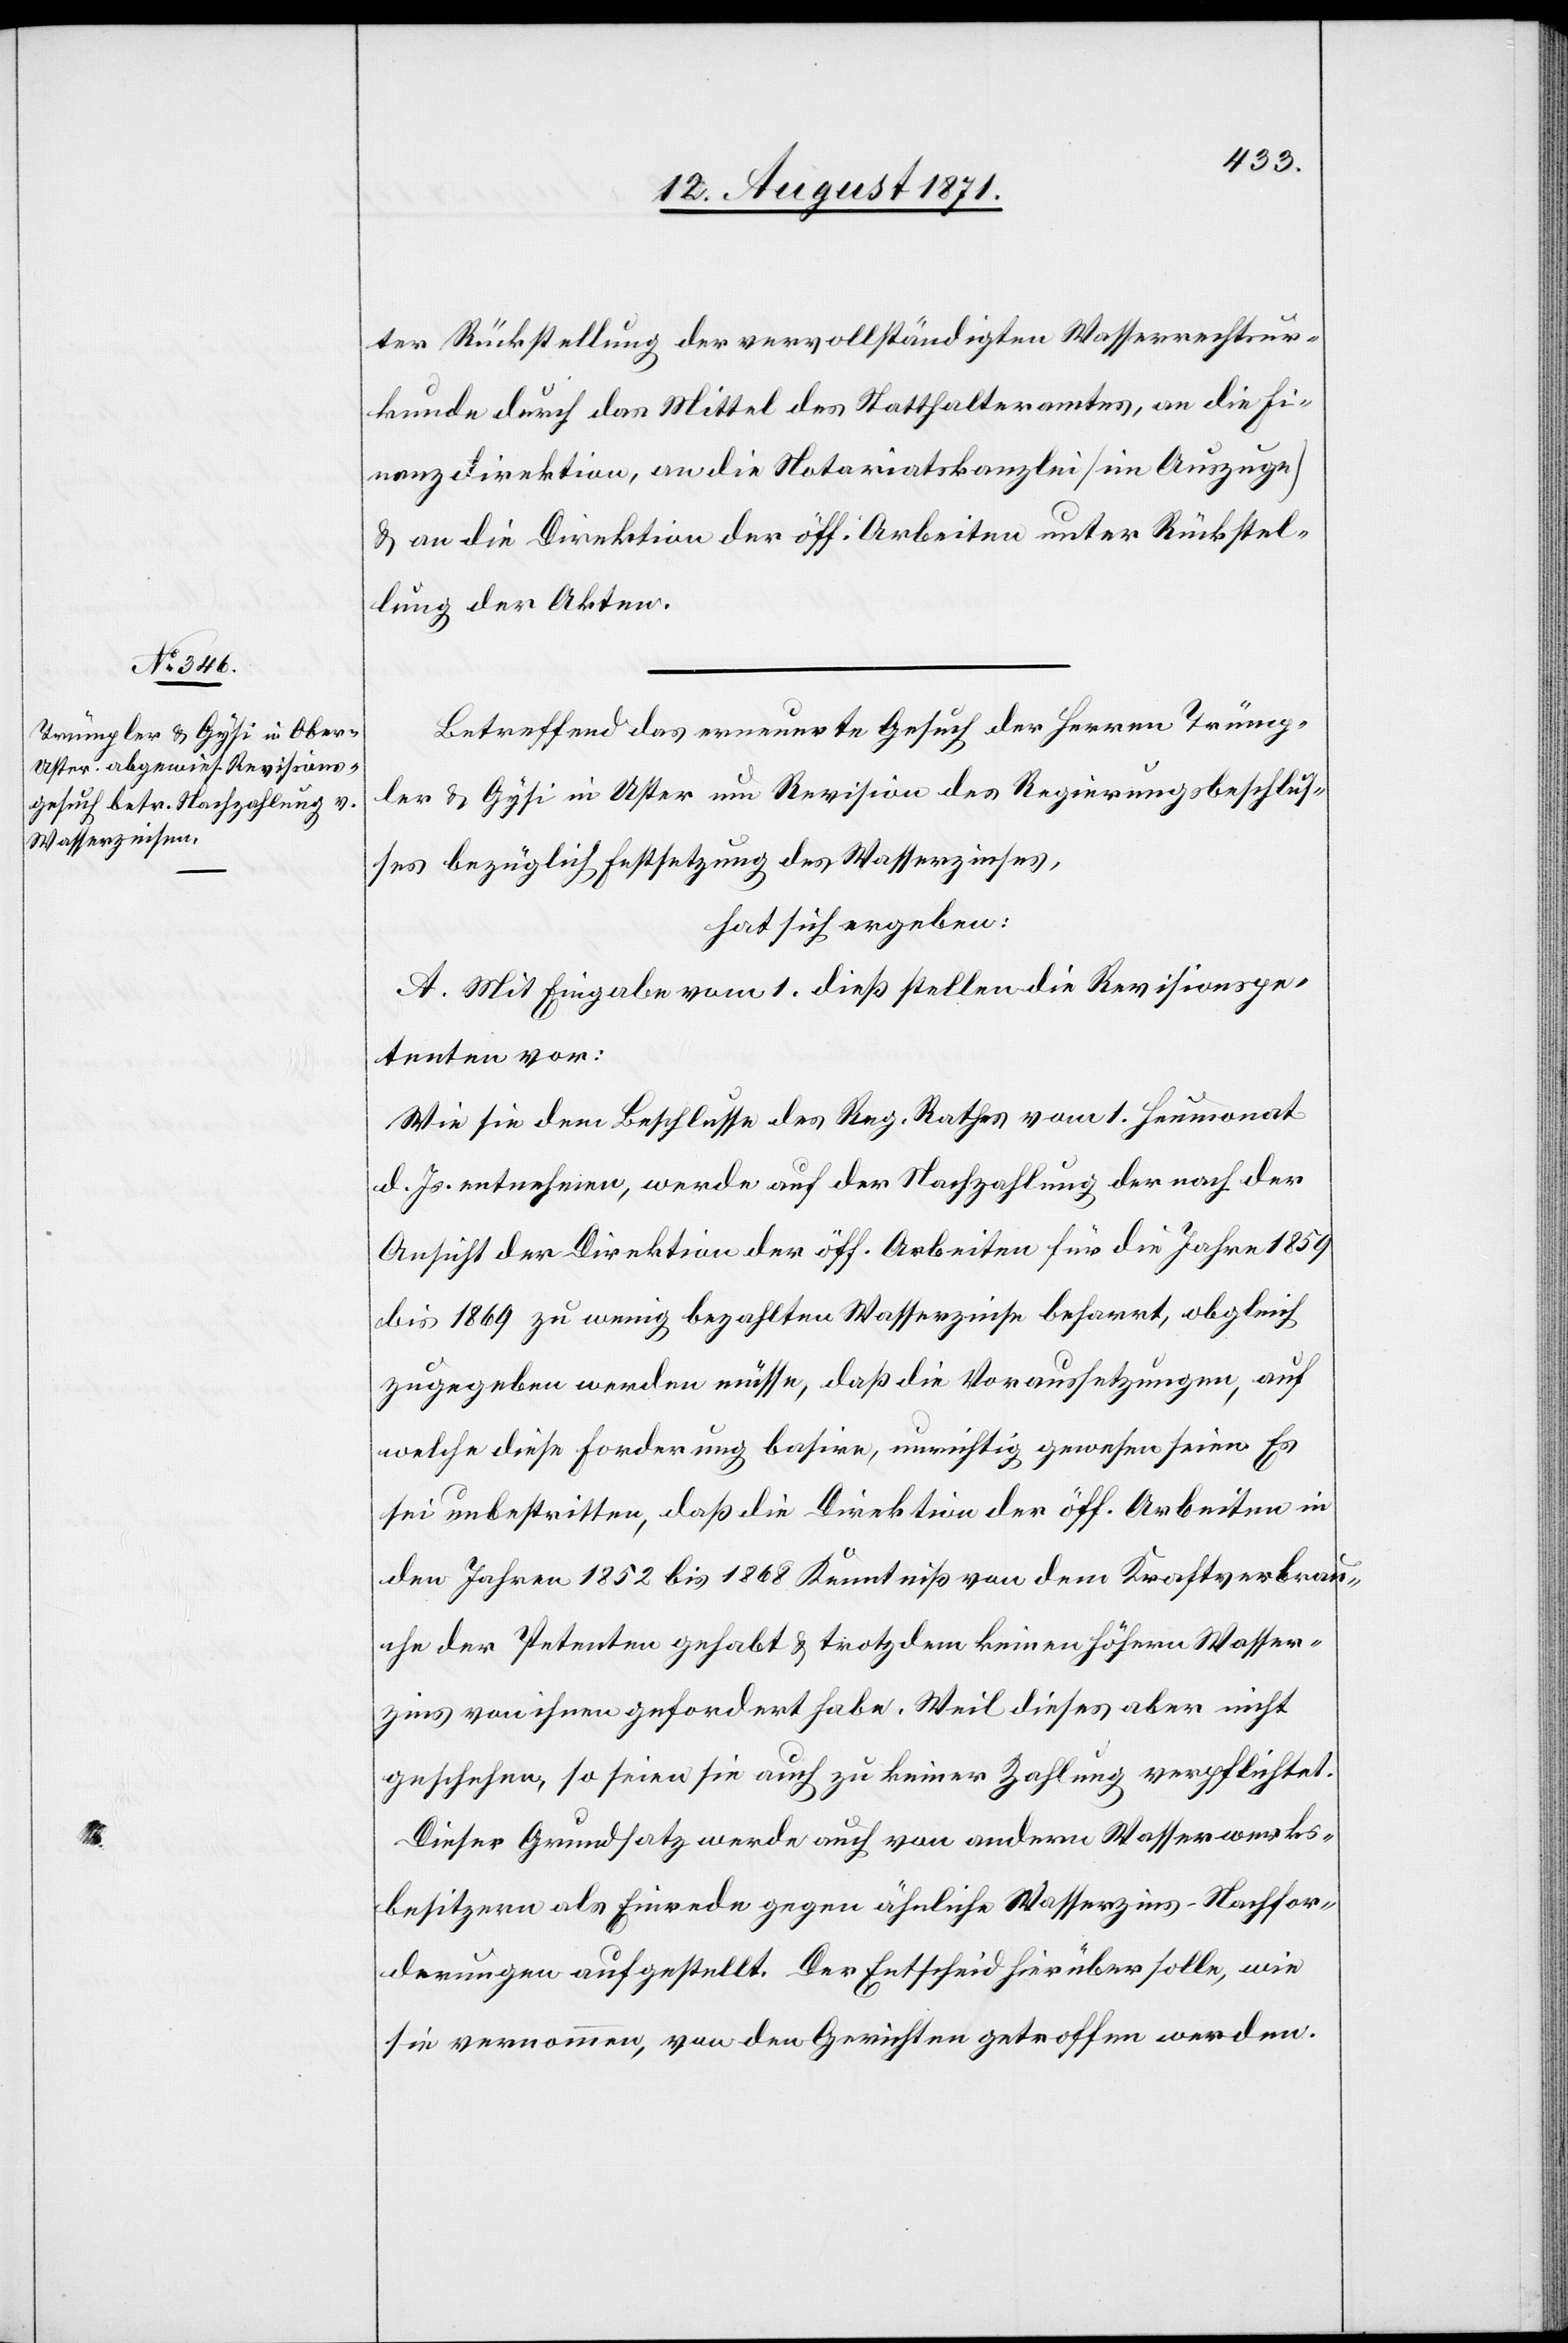
ter Rückstellung der vervollständigten Wasserrechtsur¬
kunde durch das Mittel des Statthalteramtes, an die Fi¬
nanzdirektion, an die Notariatskanzlei [im Auszuge]
& an die Direktion der öff. Arbeiten unter Rückstel¬
lung der Akten.
Betreffend das erneuerte Gesuch der Herren Trümp¬
ler & Gysi in Uster um Revision des Regierungsbeschlus¬
ses bezüglich Festsetzung des Wasserzinses,
hat sich ergeben:
A. Mit Eingabe vom 1. dieß stellen die Revisionspe¬
tenten vor:
Wie sie dem Beschlusse des Reg. Rathes vom 1. Heumonat
d. Js. entnehmen, werde auf der Nachzahlung der nach der
Ansicht der Direktion der öff. Arbeiten für die Jahre 1859
bis 1869 zu wenig bezahlten Wasserzinse beharrt, obgleich
zugegeben werden müsse, daß die Voraussetzungen, auf
welche diese Forderung basire, unrichtig gewesen seien. Es
sei unbestritten, daß die Direktion der öff. Arbeiten in
den Jahren 1852 bis 1868 Kenntniß von dem Kraftverbrau¬
che der Petenten gehabt & trotzdem keinen höhern Wasser¬
zins von ihnen gefordert habe. Weil dieses aber nicht
geschehen, so seien sie auch zu keiner Zahlung verpflichtet.
Dieser Grundsatz werde auch von andern Wasserwerks¬
besitzern als Einrede gegen ähnliche Wasserzins-Nachfor¬
derungen aufgestellt. Der Entscheid hierüber solle, wie
sie vernommen, von den Gerichten getroffen werden.